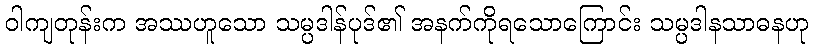
ဝါကျတုန်းက အဿဟူသော သမ္ပဒါန်ပုဒ်၏ အနက်ကိုရသောကြောင်း သမ္ပဒါနသာဓနဟု